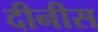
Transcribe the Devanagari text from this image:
दीनीस